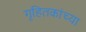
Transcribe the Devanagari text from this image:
गृहितकांच्या